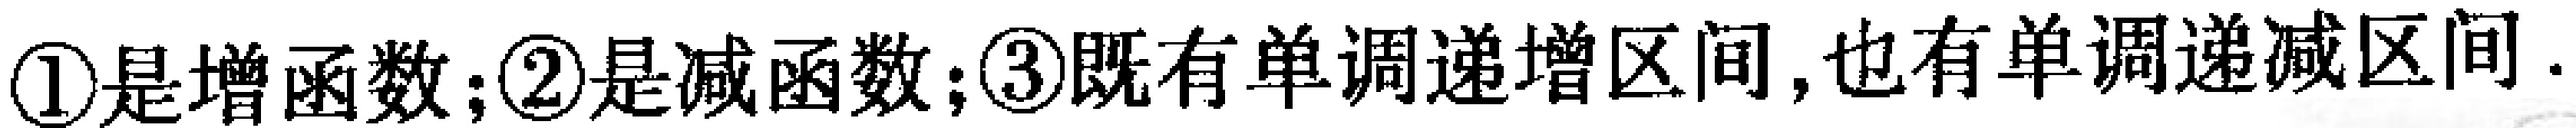
\textcircled{1}是增函数；\textcircled{2}是减函数；\textcircled{3}既有单调递增区间,也有单调递减区间.